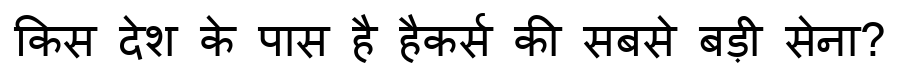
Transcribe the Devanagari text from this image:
किस देश के पास है हैकर्स की सबसे बड़ी सेना?